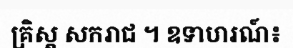
គ្រិស្ត សករាជ ។ ឧទាហរណ៍៖